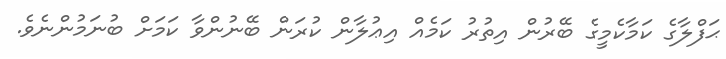
ޙަފްލާގެ ކަމާކެމީގެ ބޭރުން އިތުރު ކަމެއް އިޢުލާން ކުރަން ބޭނުންވާ ކަމަށް ބުނަމުންނެވެ.